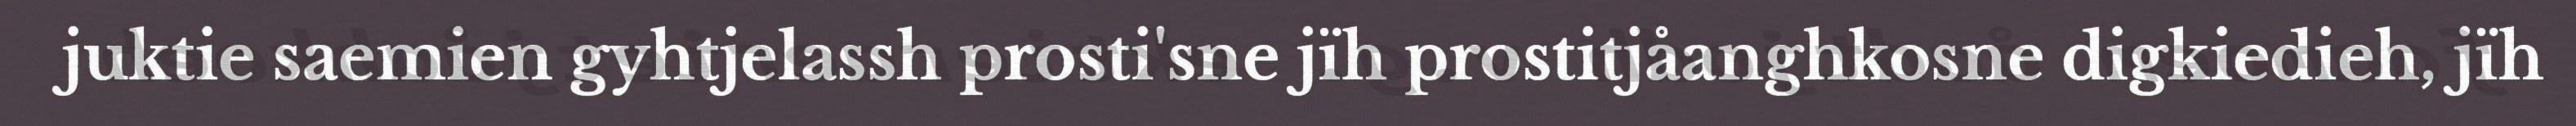
juktie saemien gyhtjelassh prosti'sne jïh prostitjåanghkosne digkiedieh, jïh